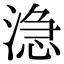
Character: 㴔